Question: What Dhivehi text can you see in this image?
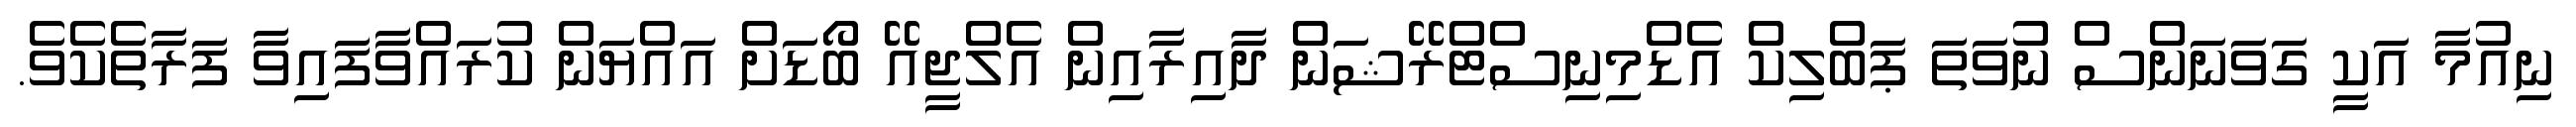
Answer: ނިއުމާ އަކީ ގަވަނަންސް ނުވަތަ ޕަބްލިކް އެޑްމިނިސްޓްރޭޝަން ދާއިރާއިން އެލްޖީއޭ ބޯޑަށް އައްޔަން ކުރައްވާފައިވާ ފަރާތެކެވެ.